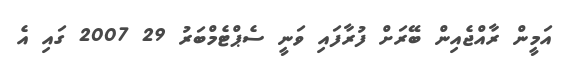
އަމީން ރާއްޖެއިން ބޭރަށް ފުރާފައި ވަނީ ސެޕްޓެމްބަރު 29 2007 ގައި އެ